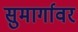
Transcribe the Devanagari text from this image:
सुमार्गावर